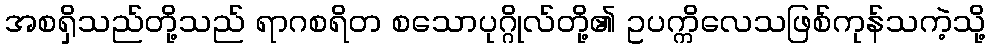
အစရှိသည်တို့သည် ရာဂစရိတ စသောပုဂ္ဂိုလ်တို့၏ ဥပက္ကိလေသဖြစ်ကုန်သကဲ့သို့